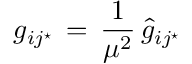
g _ { i j ^ { \star } } \, = \, { \frac { 1 } { \mu ^ { 2 } } } \, { \hat { g } } _ { i j ^ { \star } }